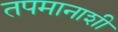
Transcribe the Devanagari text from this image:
तपमानाशी